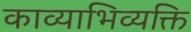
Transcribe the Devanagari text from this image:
काव्याभिव्यक्ति